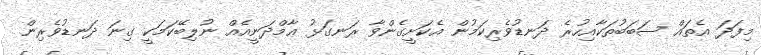
މިފަދަ އެތައް ސަބަބުތަކާއިހުރެ ދަނޑުވެރިކަމުން އެކަށީގެންވާ ރަނގަޅު ޢާމްދަނީއެއް ނުލިބޭކަމަކީ ގިނަ ދަނޑުވެރިން